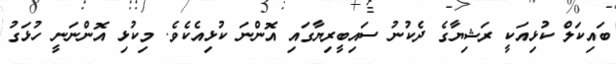
ބައިކަލް ކުޅިއަކީ ރަޝިޔާގެ ދެކުނު ސައިބީރިޔާގައި އޮންނަ ކުޅިއެކެވެ. މިކުޅި އޮންނަނީ ހުޅަގު